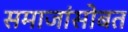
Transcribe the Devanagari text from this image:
समाजांसोबत